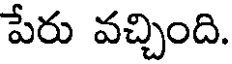
పేరు వచ్చింది.